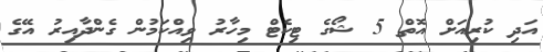
އަދި ކުރިއަށް އޮތް 5 ޝޯގެ ޓިކެޓް މިހާރު ވިއްކަމުން ގެންދާއިރު އޭގެ